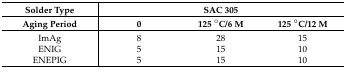
<table><thead><tr><td><b>Solder Type</b></td><td colspan="3"><b>SAC 305</b></td></tr><tr><td><b>Aging Period</b></td><td><b>0</b></td><td><b>125 °C/6 M</b></td><td><b>125 °C/12 M</b></td></tr></thead><tbody><tr><td>ImAg</td><td>8</td><td>28</td><td>15</td></tr><tr><td>ENIG</td><td>5</td><td>15</td><td>10</td></tr><tr><td>ENEPIG</td><td>5</td><td>15</td><td>10</td></tr></tbody></table>